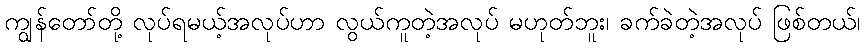
ကျွန်တော်တို့ လုပ်ရမယ့်အလုပ်ဟာ လွယ်ကူတဲ့အလုပ် မဟုတ်ဘူး၊ ခက်ခဲတဲ့အလုပ် ဖြစ်တယ်၊